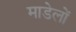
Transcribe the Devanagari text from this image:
माडेलों